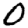
Digit: 0